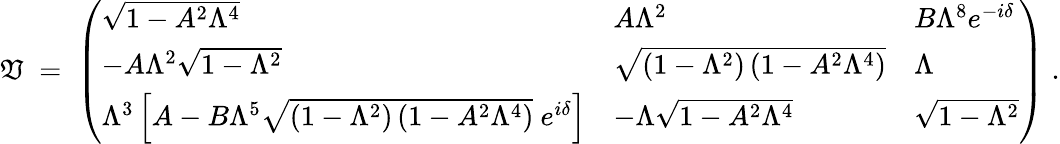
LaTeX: \mathfrak{V}\; =\; \left(\begin{array}{lll}{{\sqrt{1-A^{2}\Lambda^{4}}}}&{{A\Lambda^{2}}}&{{B\Lambda^{8}e^{-i\delta}}}\\ {{-A\Lambda^{2}\sqrt{1-\Lambda^{2}}}}&{{\sqrt{\left(1-\Lambda^{2}\right)\left(1-A^{2}\Lambda^{4}\right)}}}&{{\Lambda}}\\ {{\Lambda^{3}\left[A-B\Lambda^{5}\sqrt{\left(1-\Lambda^{2}\right)\left(1-A^{2}\Lambda^{4}\right)}~e^{i\delta}\right]}}&{{-\Lambda\sqrt{1-A^{2}\Lambda^{4}}}}&{{\sqrt{1-\Lambda^{2}}}}\end{array}\right)\; .